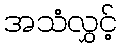
အသံလွှင့်